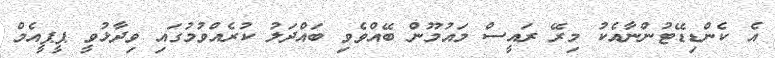
އެ ކެންޑިޑޭޓުންނާއެކު މިރޭ ރައީސް މައުމޫން ބޭއްވެވި ބައްދަލު ކުރެއްވުމުގައި ވިދާޅުވީ ޕީޕީއެމް